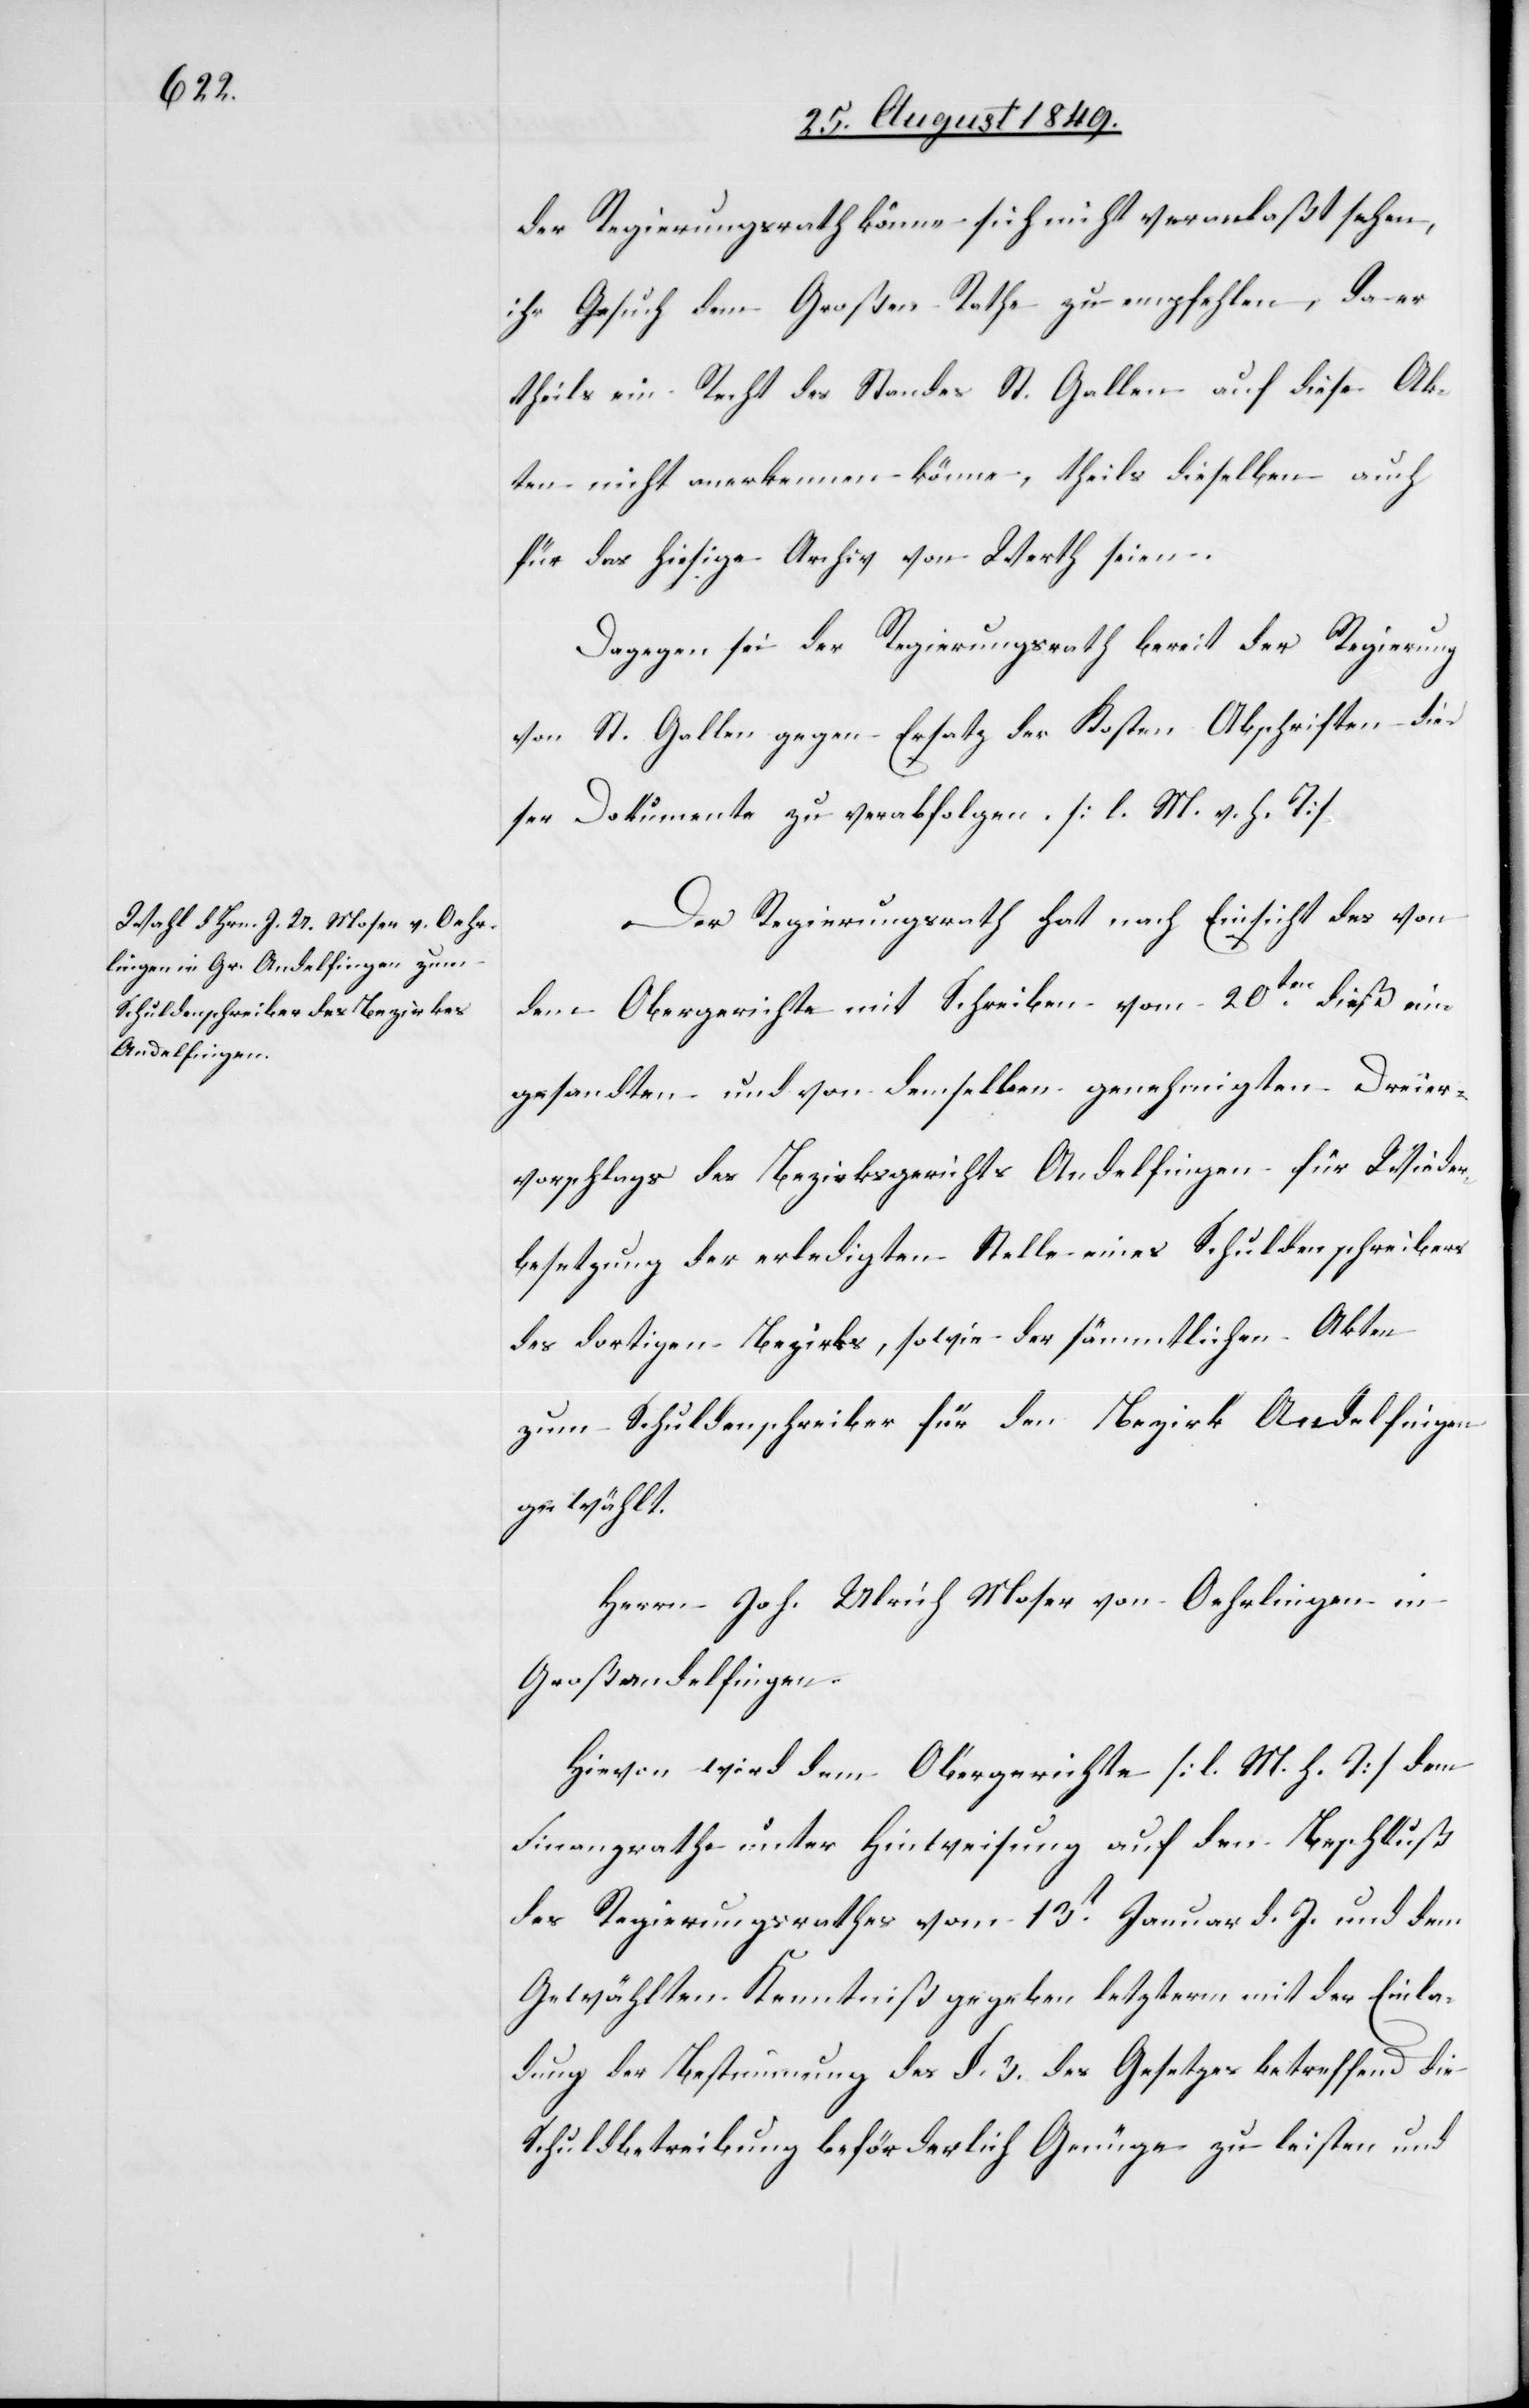
der Regierungsrath könne sich nicht veranlaßt sehen,
ihr Gesuch dem Großen Rathe zu empfehlen, da er
theils ein Recht des Standes St. Gallen auf diese Ak¬
ten nicht anerkennen könne, theils dieselben auch
für das hiesige Archiv von Werth seien.
Dagegen sei der Regierungsrath bereit der Regierung
von St. Gallen gegen Ersatz der Kosten Abschriften die¬
ser Dokumente zu verabfolgen. [l. M. v. h. T]
Der Regierungsrath hat nach Einsicht des von
dem Obergerichte mit Schreiben vom 20ten dieß ein¬
gesandten und von demselben genehmigten Dreier¬
vorschlags des Bezirksgerichts Andelfingen für Wieder¬
besetzung der erledigten Stelle eines Schuldenschreibers
des dortigen Bezirks, sowie der sämmtlichen Akten
zum Schuldenschreiber für den Bezirk Andelfingen
gewählt.
Herrn Joh. Ulrich Moser von Oehrlingen in
Großandelfingen.
Hievon wird dem Obergerichte [l. M. h. T] dem
Finanzrathe unter Hinweisung auf den Beschluß
des Regierungsrathes vom 13t Januar d. J. und dem
Gewählten Kenntniß gegeben letzterm mit der Einla¬
dung der Bestimmung des §. 3. des Gesetzes betreffend die
Schuldbetreibung beförderlich Genüge zu leisten und